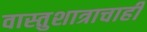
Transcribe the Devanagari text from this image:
वास्तुशात्राचाही